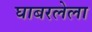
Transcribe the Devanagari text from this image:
घाबरलेला